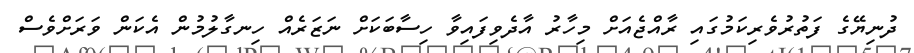
ދުނިޔޭގެ ފަތުރުވެރިކަމުގައި ރާއްޖެއަށް މިހާރު އާދެވިފައިވާ ހިސާބަކަށް ނަޒަރެއް ހިނގާލުމުން އެކަން ވަރަށްވެސް